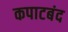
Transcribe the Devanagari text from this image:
कपाटबंद